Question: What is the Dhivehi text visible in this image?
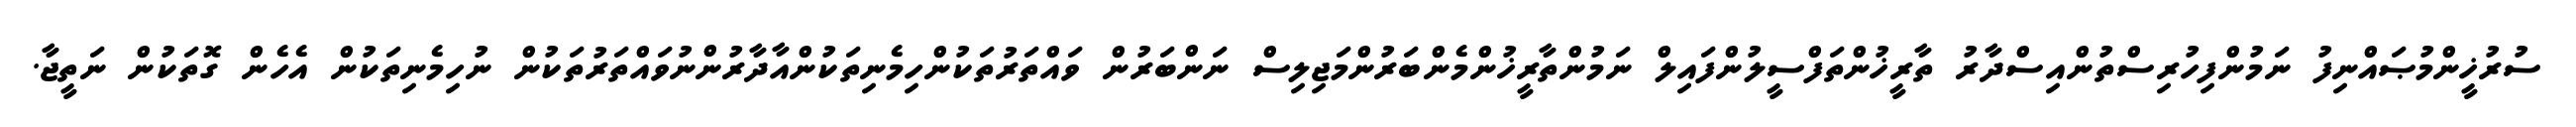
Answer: ސުރުޚީންމުޞައްނިފު ނަމުންފިހުރިސްތުންއިސްދާރު ތާރީޚުންތަފްސީލުންފައިލް ނަމުންތާރީޚުންމެންބަރުންމަޖިލިސް ނަންބަރުން ވައްތަރުތަކުންހިމެނިތަކުންއާދާރުންނުވައްތަރުތަކުން ނުހިމެނިތަކުން އެހެން ގޮތަކުން ނަތީޖާ.